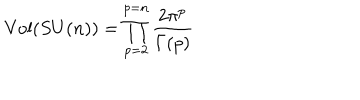
\mathrm { V o l } ( S U ( n ) ) = \prod _ { p = 2 } ^ { p = n } \frac { 2 \pi ^ { p } } { \Gamma ( p ) }